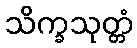
သိက္ခသုတ္တံ